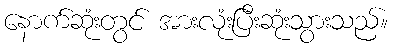
နောက်ဆုံးတွင် အားလုံးပြီးဆုံးသွားသည်။